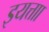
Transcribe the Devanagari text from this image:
इयत्ताा